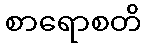
စာရောစတိ